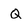
Character: Q